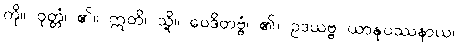
ကို။ ဝုတ္တံ၊ ၏။ ဣတိ၊ သို့။ ဝေဒိတဗ္ဗံ၊ ၏။ ဥဒယဗ္ဗ ယာနုပဿနာယ၊